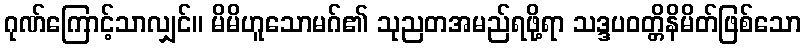
ဂုဏ်ကြောင့်သာလျှင်။ မိမိဟူသောမဂ်၏ သုညတအမည်ရဖို့ရာ သဒ္ဒပဝတ္တိနိမိတ်ဖြစ်သော